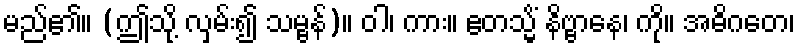
မည်၏။ (ဤသို့ လှမ်း၍ သမ္ဗန်)။ ဝါ၊ ကား။ ဧတသ္မိံ နိဗ္ဗာနေ၊ ကို။ အဓိဂတေ၊